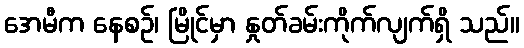
အေမီက နေစဉ်၊ မြိုင်မှာ နှုတ်ခမ်းကိုက်လျက်ရှိ သည်။